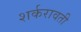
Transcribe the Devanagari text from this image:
शर्करावती